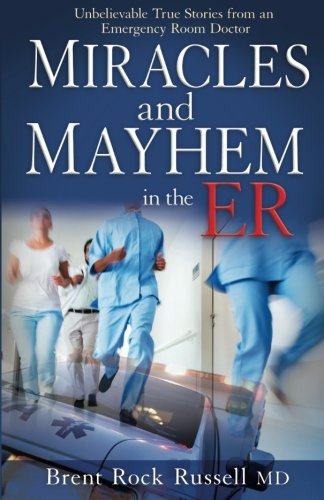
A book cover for Miracles & Mayhem in the ER: Unbelievable True Stories from an Emergency Room Doctor; Dr. Brent Rock Russell; Humor & Entertainment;